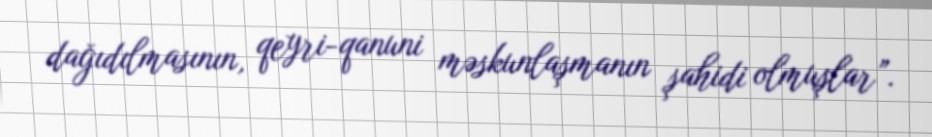
dağıdılmasının, qeyri-qanuni məskunlaşmanın şahidi olmuşlar”.